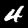
Label: 4